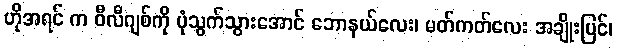
ဟိုအရင် က ဝီလီဂျစ်ကို ပုံသွက်သွားအောင် ဘောနယ်လေး၊ မတ်ကတ်လေး အချိုးပြင်၊